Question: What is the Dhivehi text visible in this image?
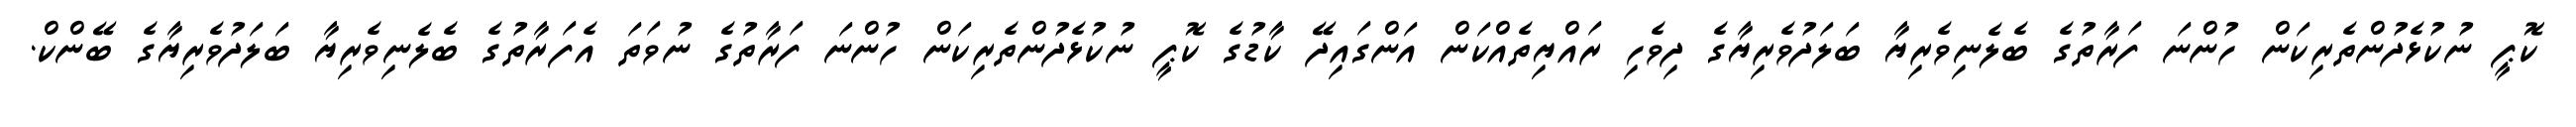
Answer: ކޮޕީ ނުކުޅެދުންތެރިކަން ހުންނަ ފަރާތުގެ ބެލެނިވެރިޔާ ބަލަދުވެރިޔާގެ ދިވެހި ރައްޔިތެއްކަން އަންގައިދޭ ކާޑުގެ ކޮޕީ ނުކުޅެދުންތެރިކަން ހުންނަ ފަރާތުގެ ނުވަތަ އެފަރާތުގެ ބެލެނިވެރިޔާ ބަލަދުވެރިޔާގެ ބޭންކް.